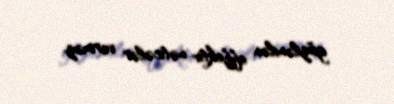
gözlənilən effektiv nəticələr verməz.